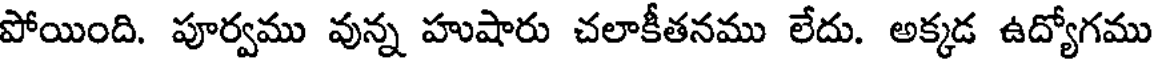
పోయింది. పూర్వము వున్న హుషారు చలాకీతనము లేదు. అక్కడ ఉద్యోగము